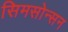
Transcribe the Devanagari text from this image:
सिमसोन्सन